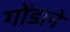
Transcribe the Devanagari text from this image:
गोंडाने